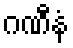
ဂဏီနံ